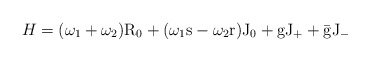
\begin{align*}H = (\omega_1 + \omega_2) \rm R_0 + (\omega_1 s - \omega_2 r) \rm J_0 +g \rm J_+ + \bar g \rm J_-\end{align*}